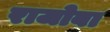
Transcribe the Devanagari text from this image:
राजोबा